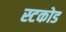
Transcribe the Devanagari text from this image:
स्टकोड